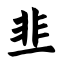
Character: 韭